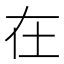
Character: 在